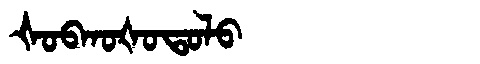
Manchu: ᡧᠣᠪᡴᠣᡧᠣᡨᠣᠯᠣ
Romanization: ŠOBKOŠOTOLO